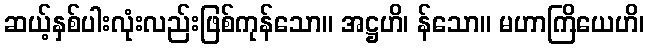
ဆယ့်နှစ်ပါးလုံးလည်းဖြစ်ကုန်သော။ အဋ္ဌဟိ၊ န်သော။ မဟာကြိယေဟိ၊